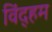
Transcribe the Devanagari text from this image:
विंद्हम